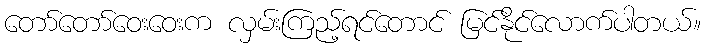
တော်တော်ဝေးဝေးက လှမ်းကြည့်ရင်တောင် မြင်နိုင်လောက်ပါတယ်။